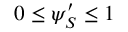
0 \leq \psi _ { S } ^ { \prime } \leq 1